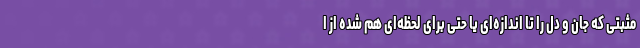
مثبتی که جان و دل را تا اندازه‌ای یا حتی برای لحظه‌ای هم شده از ا